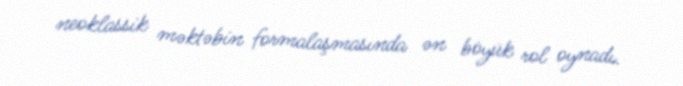
neoklassik məktəbin formalaşmasında ən böyük rol oynadı.